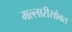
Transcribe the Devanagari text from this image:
मल्लारीसोबत